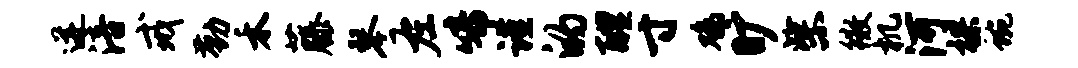
迸涪戒勤禾藤琴左啼谨的醴寸鸡旷柴徽机河裸蜿